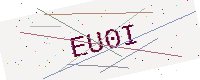
Text: EU0I